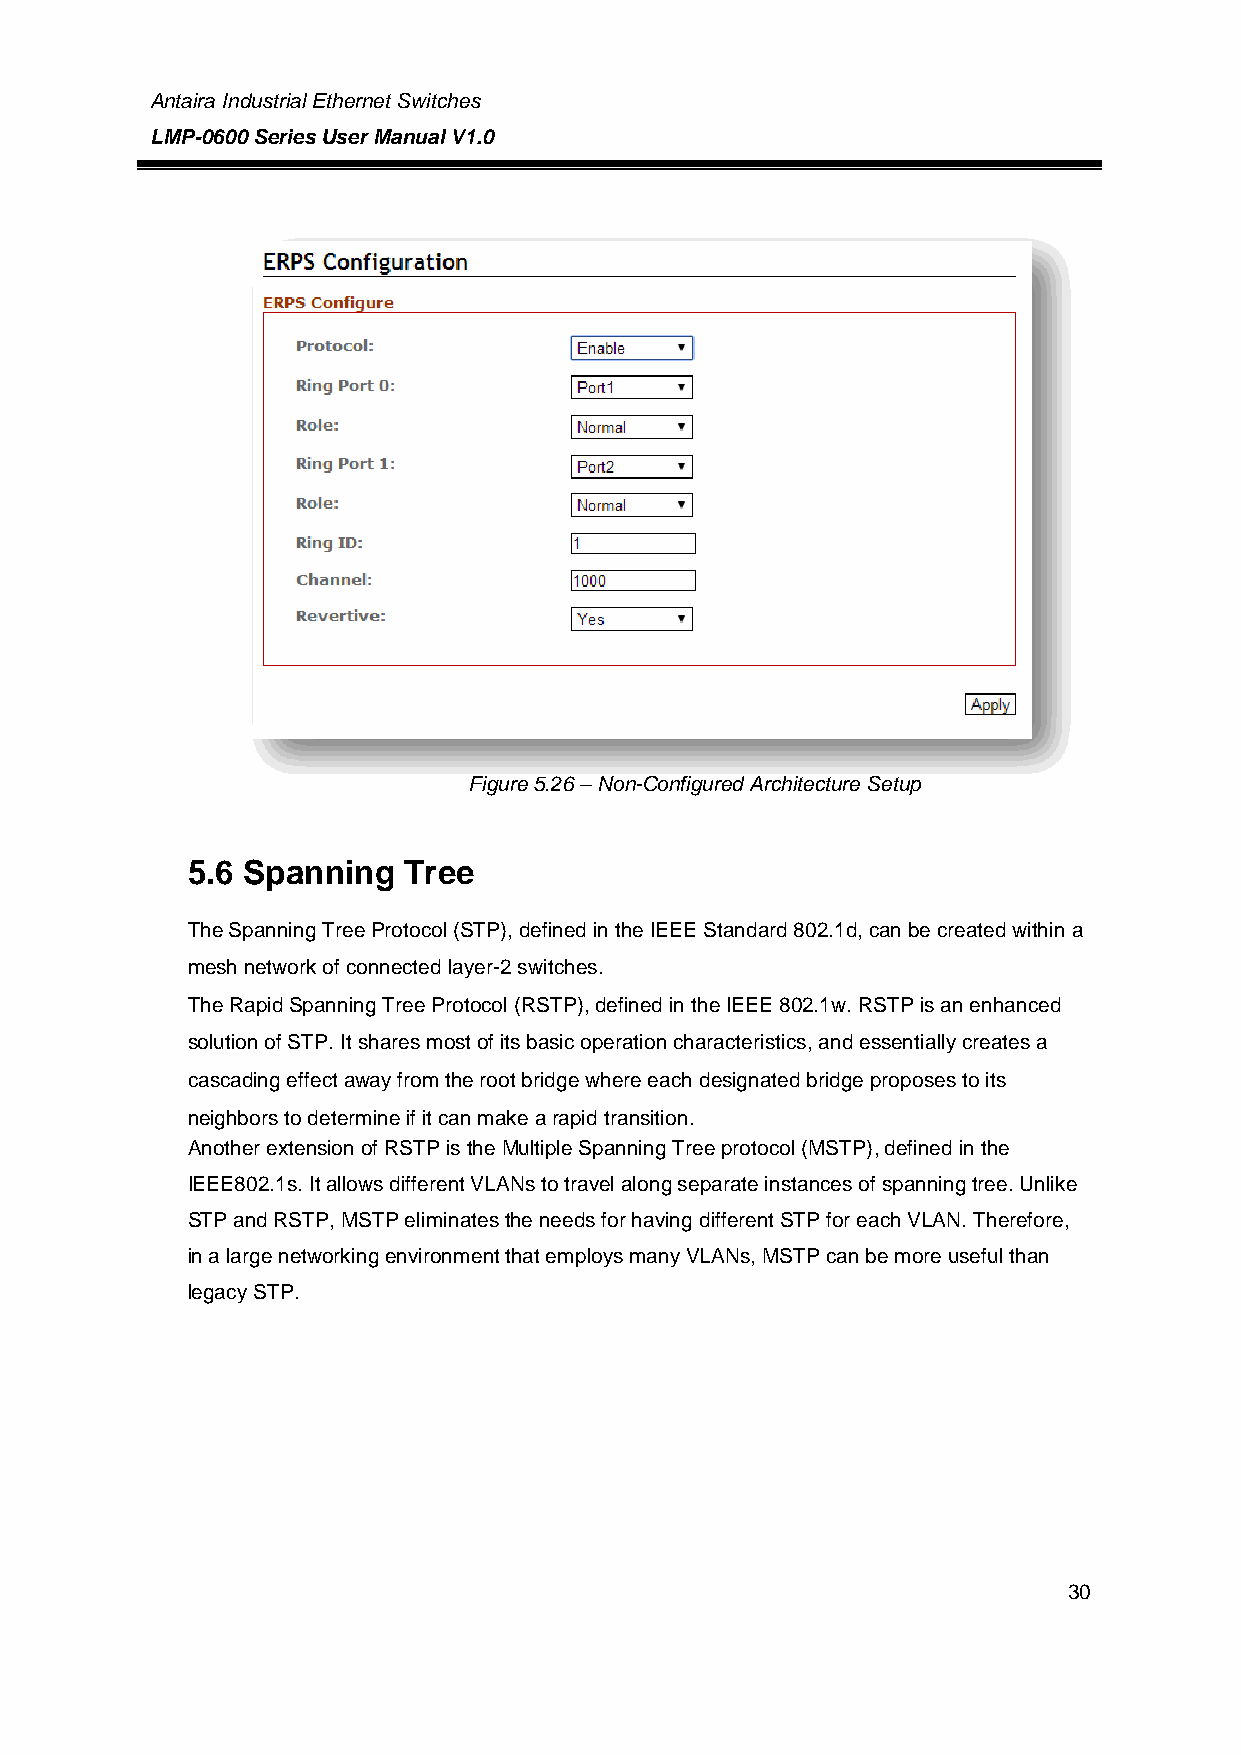
Antaira Industrial Ethernet Switches
 LMP-0600 Series User Manual V1.0
 Figure 5.26 – Non-Configured Architecture Setup
 example
 5.6 Spanning   Tree
 The Spanning Tree Protocol (STP), defined in the IEEE Standard 802.1d, can be created within a
 mesh network of connected layer-2 switches.
 The Rapid Spanning Tree Protocol (RSTP), defined in the IEEE 802.1w. RSTP is an enhanced
 solution of STP. It shares most of its basic operation characteristics, and essentially creates a
 cascading effect away from the root bridge where each designated bridge proposes to its
 neighbors to determine if it can make a rapid transition.
 Another extension of RSTP is the Multiple Spanning Tree protocol (MSTP), defined in the
 IEEE802.1s. It allows different VLANs to travel along separate instances of spanning tree. Unlike
 STP and RSTP, MSTP eliminates the needs for having different STP for each VLAN. Therefore,
 in a large networking environment that employs many VLANs, MSTP can be more useful than
 legacy STP.
 30